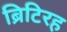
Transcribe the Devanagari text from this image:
ब्रिटिरह